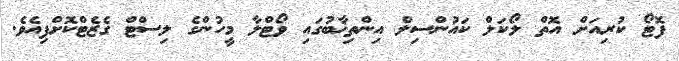
ފޮޓޯ ކުރިއަށް އޮތް ލޯކަލް ކައުންސިލް އިންތިޚާބުގައި ވޯޓްލާ މީހުންގެ ލިސްޓް ގެޒެޓްކޮށްފިއެވެ.